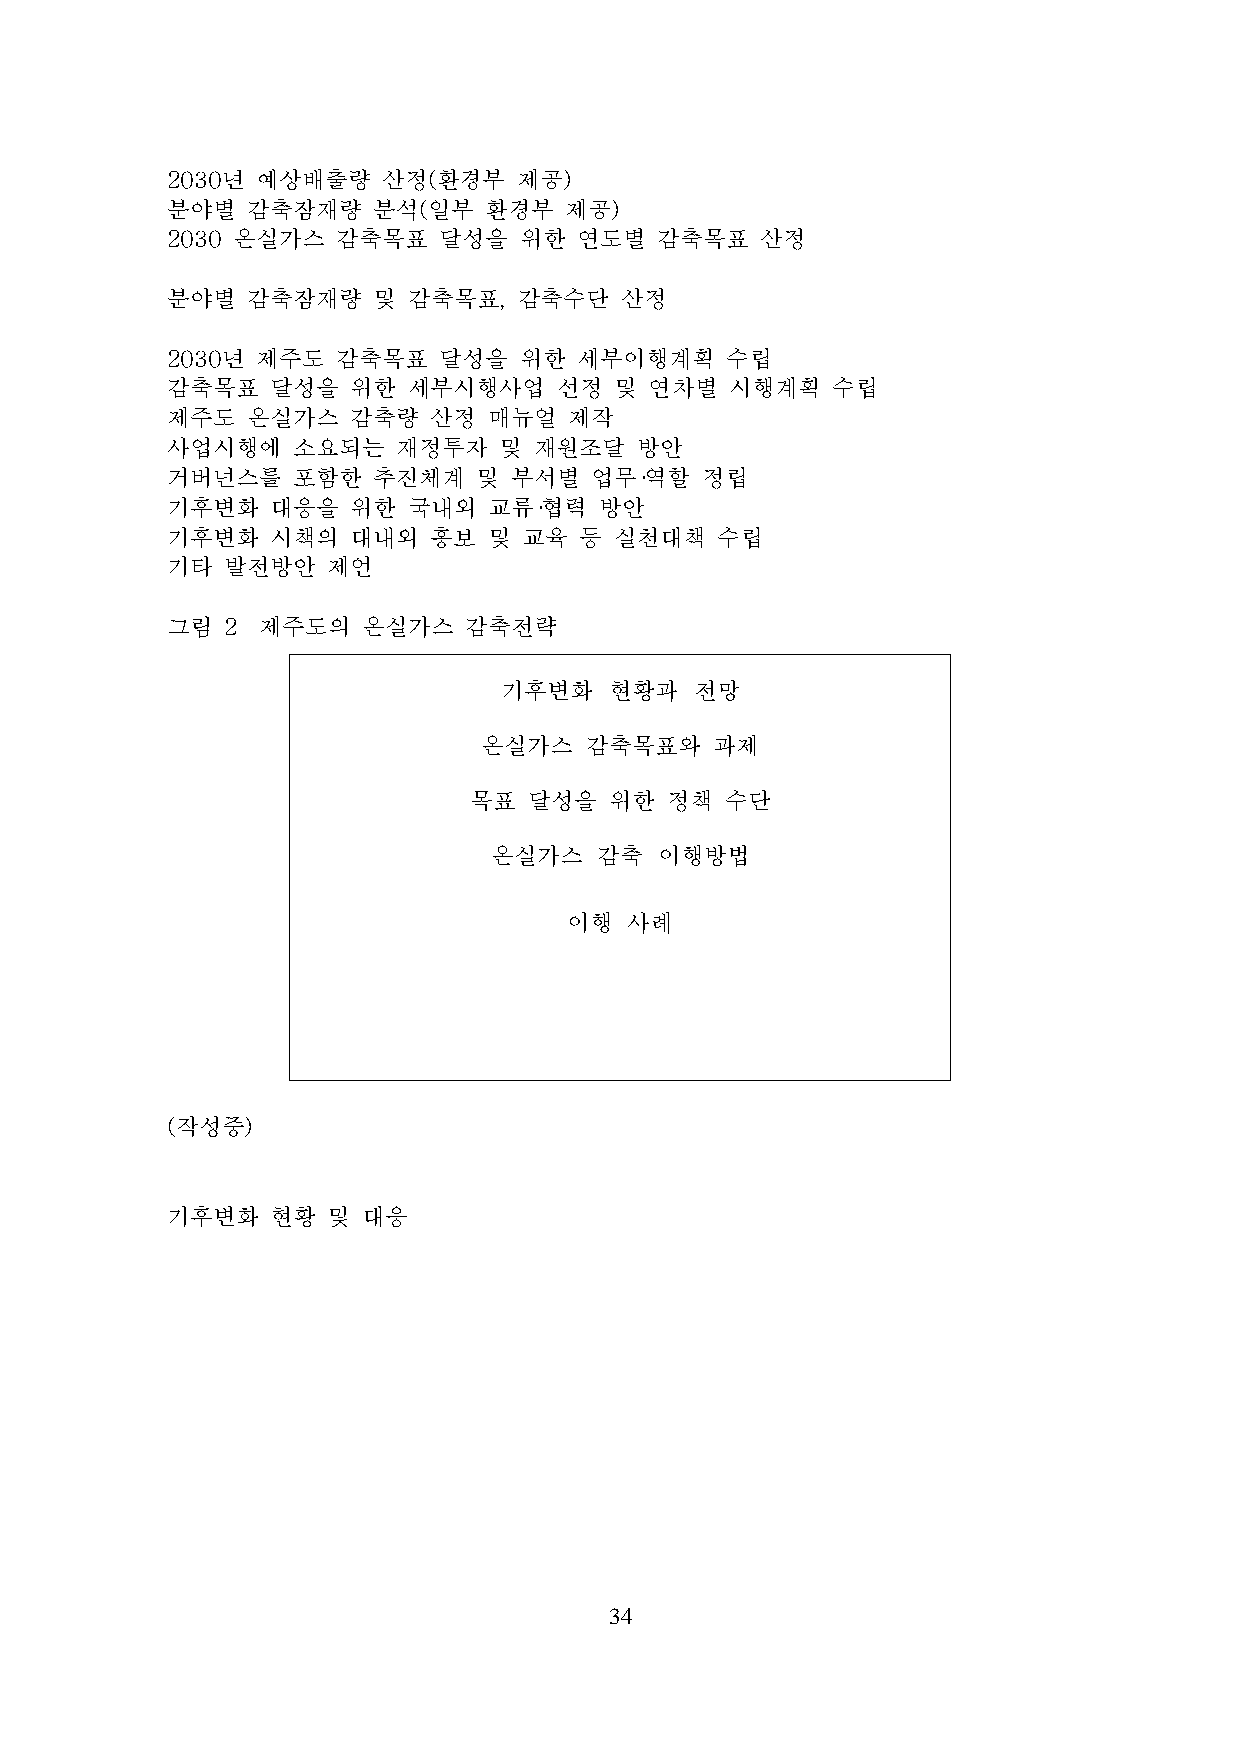
2030년 예상배출량   산정(환경부   제공)
 분야별  감축잠재량    분석(일부  환경부  제공)
 2030 온실가스  감축목표   달성을  위한  연도별  감축목표   산정
 분야별  감축잠재량    및 감축목표,  감축수단   산정
 2030년 제주도  감축목표   달성을  위한  세부이행계획    수립
 감축목표   달성을  위한  세부시행사업    선정  및 연차별  시행계획   수립
 제주도  온실가스   감축량  산정  매뉴얼   제작
 사업시행에   소요되는   재정투자   및 재원조달   방안
 거버넌스를   포함한   추진체계   및 부서별  업무·역할  정립
 기후변화   대응을  위한  국내외  교류·협력   방안
 기후변화   시책의  대내외  홍보  및  교육 등  실천대책  수립
 기타  발전방안   제언
 그림  2 제주도의   온실가스   감축전략
 기후변화   현황과   전망
 온실가스   감축목표와   과제
 목표  달성을  위한  정책  수단
 온실가스    감축  이행방법
 이행 사례
 (작성중)
 기후변화   현황  및 대응
 34